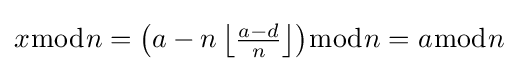
{\textstyle x{\bmod {n}}=\left(a-n\left\lfloor {\frac {a-d}{n}}\right\rfloor \right)\!{\bmod {n}}=a{\bmod {n}}}